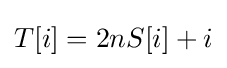
T[i]=2nS[i]+i